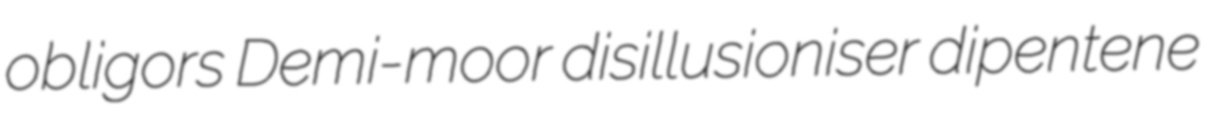
obligors Demi-moor disillusioniser dipentene